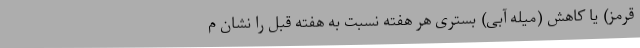
قرمز) یا کاهش (میله آبی) بستری هر هفته نسبت به هفته قبل را نشان م